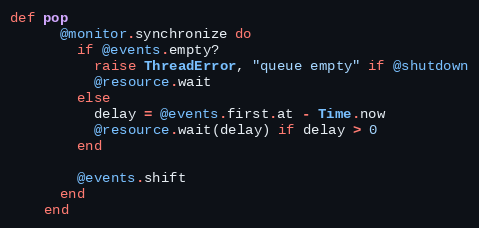
Language: Ruby
def pop
      @monitor.synchronize do
        if @events.empty?
          raise ThreadError, "queue empty" if @shutdown
          @resource.wait
        else
          delay = @events.first.at - Time.now
          @resource.wait(delay) if delay > 0
        end

        @events.shift
      end
    end